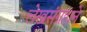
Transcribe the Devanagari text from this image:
लेखसंग्रहाने